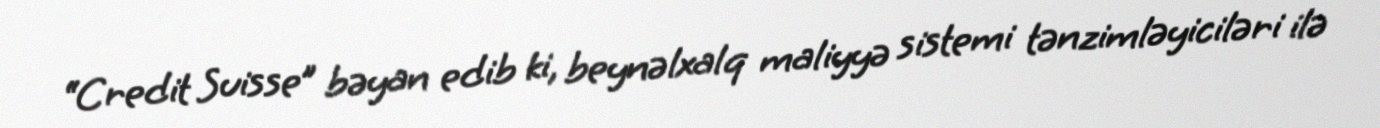
“Credit Suisse” bəyan edib ki, beynəlxalq maliyyə sistemi tənzimləyiciləri ilə